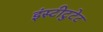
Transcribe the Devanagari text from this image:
इंस्टीटुटेट